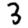
Digit: 3